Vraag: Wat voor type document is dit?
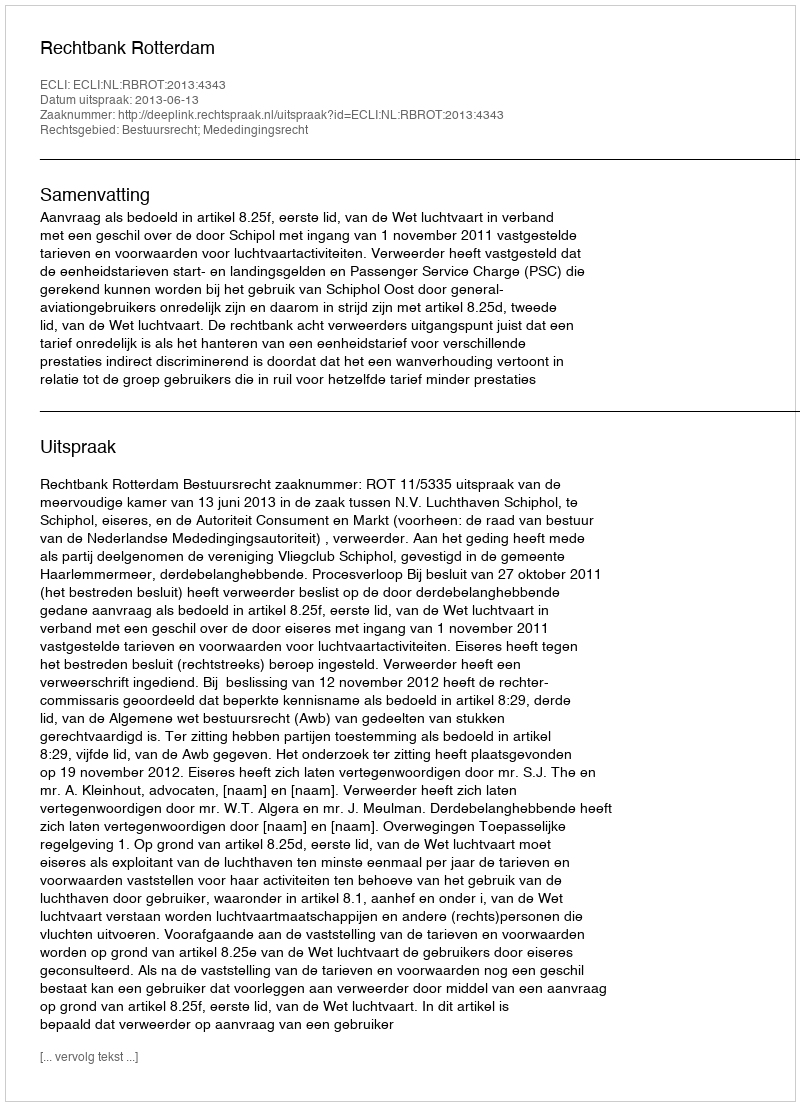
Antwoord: Uitspraak